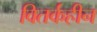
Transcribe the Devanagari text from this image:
वितर्कहीन